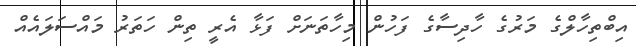
އިބްތިހާލްގެ މަރުގެ ހާދިސާގެ ފަހުން މިހާތަނަށް ފަޅާ އެރީ ތިން ހަތަރު މައްސަލައެއް